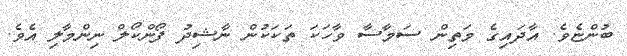
ބުންޏެވެ. އާދައިގެ މަތިން ސަމާސާ ވާހަކަ ތަކަކުން ނާޝިދު ފޯންކޯލް ނިންމާލި އެވެ.